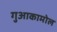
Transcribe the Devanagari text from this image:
गुआकामोल